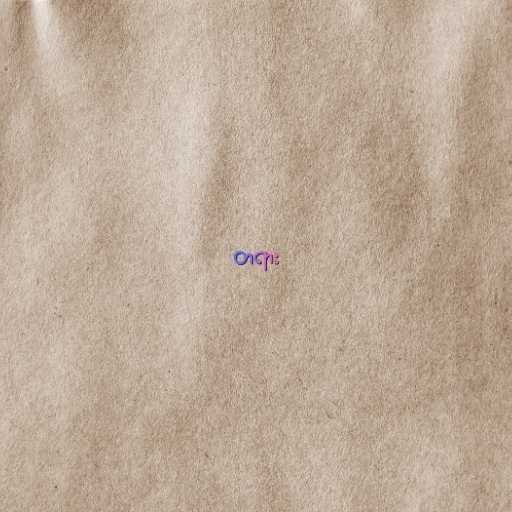
တရား